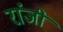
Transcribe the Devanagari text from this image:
रांजी